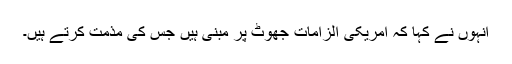
انہوں نے کہا کہ امریکی الزامات جھوٹ پر مبنی ہیں جس کی مذمت کرتے ہیں۔